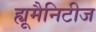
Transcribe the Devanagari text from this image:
ह्यूमैनिटीज